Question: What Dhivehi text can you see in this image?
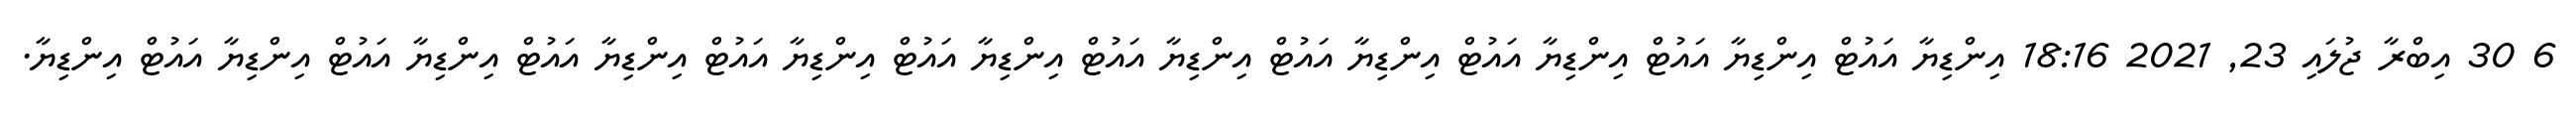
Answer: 6 30 އިބްރާ ޖުލައި 23, 2021 18:16 އިންޑިޔާ އައުޓް އިންޑިޔާ އައުޓް އިންޑިޔާ އައުޓް އިންޑިޔާ އައުޓް އިންޑިޔާ އައުޓް އިންޑިޔާ އައުޓް އިންޑިޔާ އައުޓް އިންޑިޔާ އައުޓް އިންޑިޔާ އައުޓް އިންޑިޔާ އައުޓް އިންޑިޔާ.